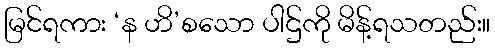
မြင်ရကား ‘န ဟိ’စသော ပါဌ်ကို မိန့်ရသတည်း။